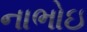
નાભોઇ